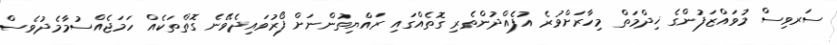
ސަރވިސް މުވައްޒަފުންގެ ޚިދްމަތް މިހާރަށްވުރެ އުފެއްދުންތެރި ގޮތެއްގައި ރައްޔިތުންނަށް ފޯރުވައިދެވޭނެ ގޮތްތަކެއް ހަމަޖެއްސުމާމެދުވެސް